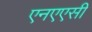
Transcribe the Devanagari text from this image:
एनएएसी